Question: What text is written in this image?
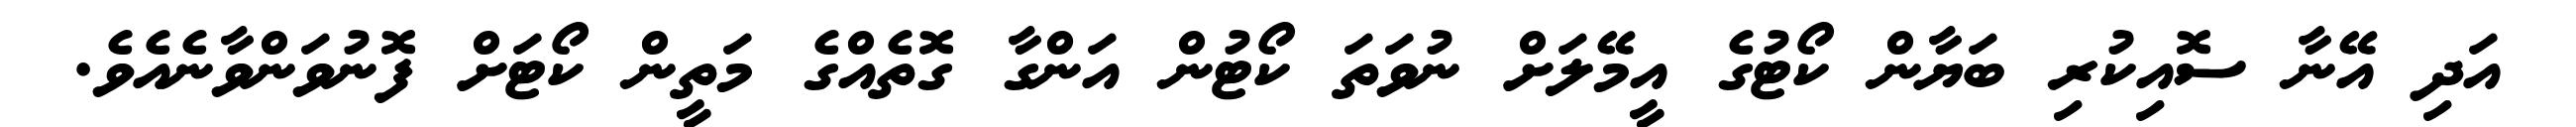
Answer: އަދި އޭނާ ސޮއިކުރި ބަޔާން ކޯޓުގެ އީމޭލަށް ނުވަތަ ކޯޓުން އަންގާ ގޮތެއްގެ މަތީން ކޯޓަށް ފޮނުވަންވާނެއެވެ.